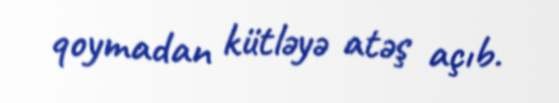
qoymadan kütləyə atəş açıb.